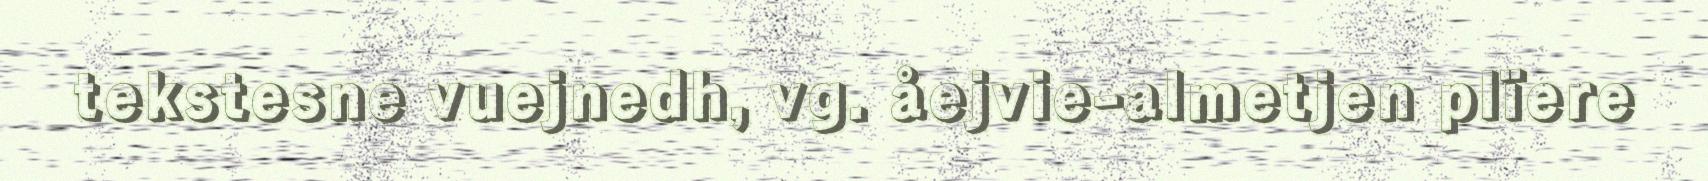
tekstesne vuejnedh, vg. åejvie-almetjen plïere